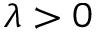
\lambda > 0